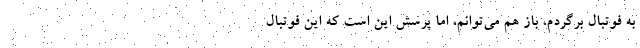
به فوتبال برگردم، باز هم مي‌توانم، اما پرسش اين است كه اين فوتبال